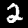
Label: 2